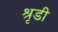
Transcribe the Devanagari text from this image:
श्रृडी